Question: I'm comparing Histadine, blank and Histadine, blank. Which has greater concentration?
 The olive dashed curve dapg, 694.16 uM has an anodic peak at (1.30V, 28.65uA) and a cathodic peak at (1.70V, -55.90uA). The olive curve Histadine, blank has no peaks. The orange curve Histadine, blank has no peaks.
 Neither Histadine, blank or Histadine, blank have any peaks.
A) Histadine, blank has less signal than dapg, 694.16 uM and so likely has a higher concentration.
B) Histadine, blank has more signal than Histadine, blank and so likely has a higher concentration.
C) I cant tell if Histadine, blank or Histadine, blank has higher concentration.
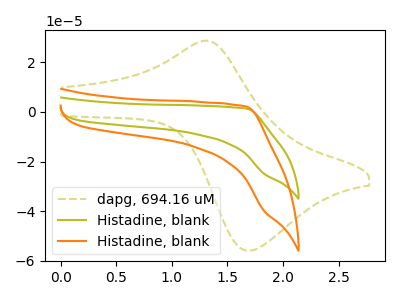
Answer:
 <answer>C) I cant tell if "Histadine, blank" or "Histadine, blank" has higher concentration.</answer>
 <eval>C</eval>